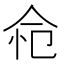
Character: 𢘔